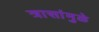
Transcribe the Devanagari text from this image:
त्रासांमुळे